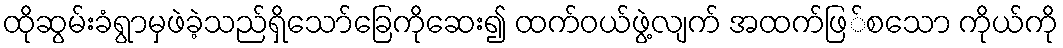
ထိုဆွမ်းခံရွာမှဖဲခဲ့သည်ရှိသော်ခြေကိုဆေး၍ ထက်ဝယ်ဖွဲ့လျက် အထက်ဖြ်စသော ကိုယ်ကို